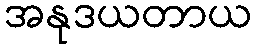
အနုဒယတာယ